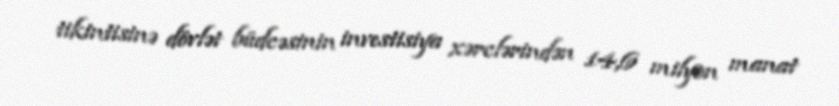
tikintisinə dövlət büdcəsinin investisiya xərclərindən 14,6 milyon manat